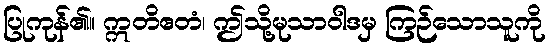
ပြုကုန်၏။ ဣတိဧတံ၊ ဤသို့မုသာဝါဒမှ ကြဉ်သောသူကို